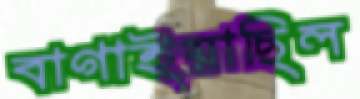
বাগাইয়াছিল